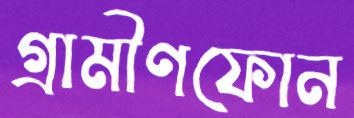
গ্রামীণফোন